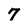
Character: 7